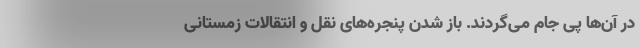
در آن‌ها پی جام می‌گردند. باز شدن پنجره‌های نقل و انتقالات زمستانی